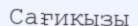
Сағиқызы